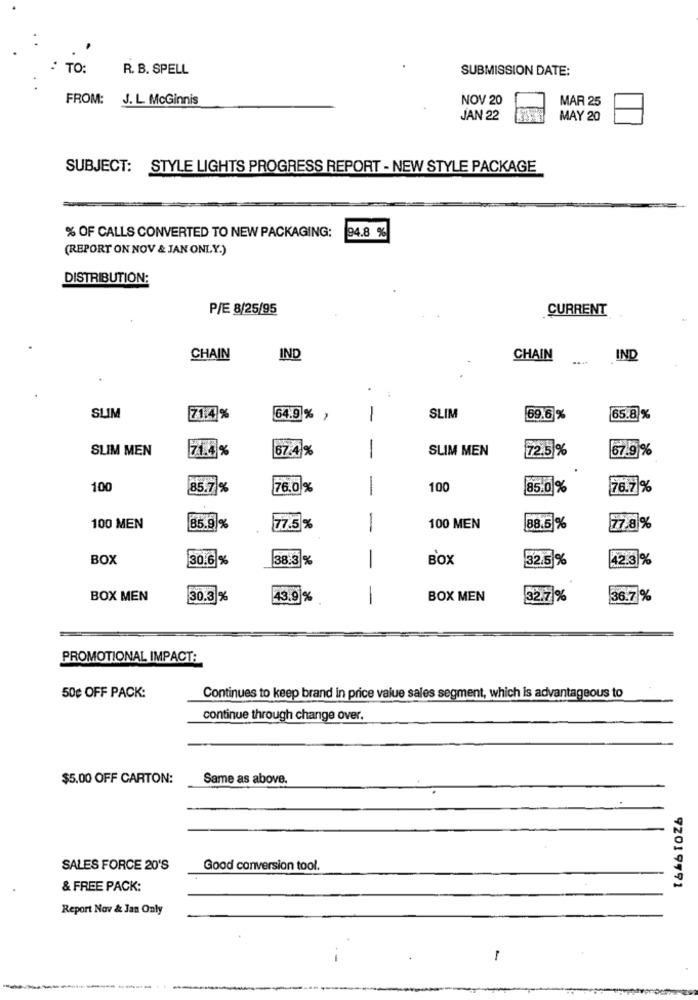
TO:
R. B. SPELL
SUBMISSION DATE:
FROM: J. L. McGinnis
NOV 20
MAR 25
JAN 22
MAY 20
SUBJECT: STYLE LIGHTS PROGRESS REPORT - NEW STYLE PACKAGE
% OF CALLS CONVERTED TO NEW PACKAGING:
94.8 %
(REPORT ON NOV & JAN ONLY.)
DISTRIBUTION:
P/E 8/25/95
CURRENT
CHAIN
IND
CHAIN
....
IND
.
SLIM
71.4 %
64.9 % ,
1
SLIM
69.6%
65.8%
SLIM MEN
71.4 9
67.4%
SLIM MEN
72.5 %
67.9%
-
100
85.7%
76.0%
-
100
85.0%
76.71%
85.9 %
1
88.5 %
100 MEN
77.5%
100 MEN
77.8%
BOX
30.6 %
38.3 %
BOX
32.5%
42.3 %
-
BOX MEN
30.3 %
43.9 %
BOX MEN
32.7 %
36.7%
PROMOTIONAL IMPACT:
50g OFF PACK:
Continues to keep brand in price value sales segment, which is advantageous to
continue through change over.
$5.00 OFF CARTON:
Same as above.
SALES FORCE 20'S
Good conversion tool.
& FREE PACK:
92019791
Report Nov & Jan Only
-